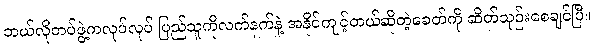
ဘယ်လိုတပ်ဖွဲ့ကလုပ်လုပ် ပြည်သူကိုလက်နက်နဲ့ အနိုင်ကျင့်တယ်ဆိုတဲ့ခေတ်ကို ဆိတ်သုဉ်းစေချင်ပြီ။